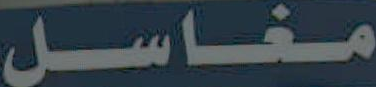
مغاسل